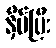
နှိပ်ပြီး